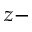
z -